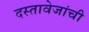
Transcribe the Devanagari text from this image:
दस्तावेजांची